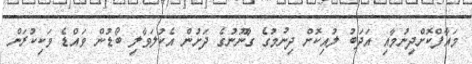
މައާފްކޮށްދިނުމާއި އަދަބު ލުއިކޮށް ދިނުމުގެ ގާނޫނުގެ ދަށުން އެކުލަވާލި ބޯޑުން ވައްޑެ ވަކިކުރަން